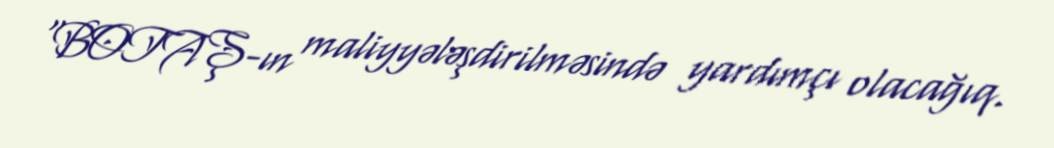
"BOTAŞ-ın maliyyələşdirilməsində yardımçı olacağıq.